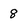
Character: 8